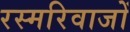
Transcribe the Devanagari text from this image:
रस्मरिवाजों